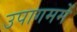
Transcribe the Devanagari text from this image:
उपागममें